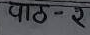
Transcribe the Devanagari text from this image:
पाठ-२